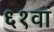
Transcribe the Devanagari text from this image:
६१वां